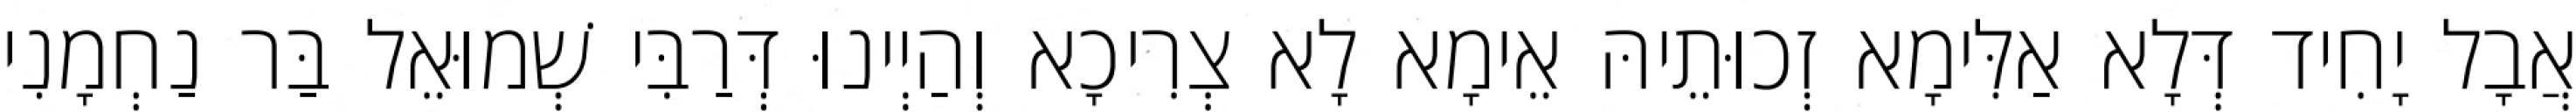
אֲבָל יָחִיד דְּלָא אַלִּימָא זְכוּתֵיהּ אֵימָא לָא צְרִיכָא וְהַיְינוּ דְּרַבִּי שְׁמוּאֵל בַּר נַחְמָנִי